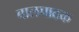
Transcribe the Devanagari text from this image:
बालपाठक